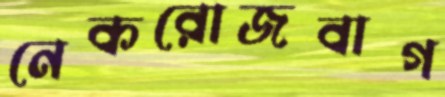
নেকরোজবাগ